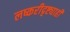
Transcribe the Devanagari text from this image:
लष्करीदृष्ट्याही